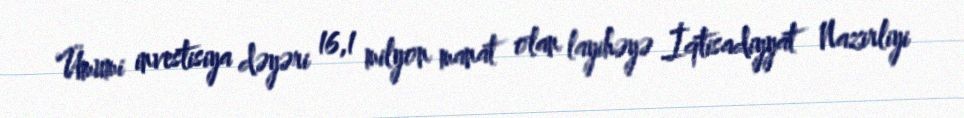
Ümumi investisiya dəyəri 16,1 milyon manat olan layihəyə İqtisadiyyat Nazirliyi